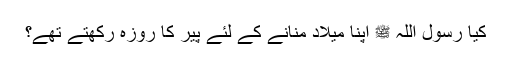
کیا رسول اللہ ﷺ اپنا میلاد منانے کے لئے پیر کا روزہ رکھتے تھے؟